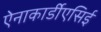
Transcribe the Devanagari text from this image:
ऐनाकार्डीएसिई